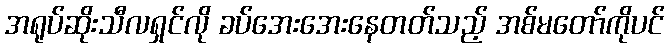
အရုပ်ဆိုးသီလရှင်လို ခပ်အေးအေးနေတတ်သည့် အစ်မတော်ကိုပင်